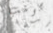
ترامب